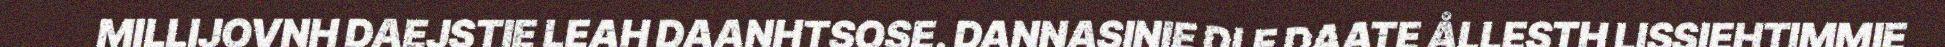
MILLIJOVNH DAEJSTIE LEAH DAANHTSOSE. DANNASINIE DLE DAATE ÅLLESTH LISSIEHTIMMIE